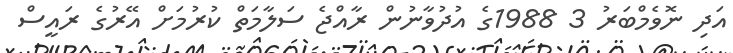
އަދި ނޮވެމްބަރު 3 1988ގެ އުދުވާނުން ރާއްޖެ ސަލާމަތް ކުރުމަށް އޭރުގެ ރައީސް